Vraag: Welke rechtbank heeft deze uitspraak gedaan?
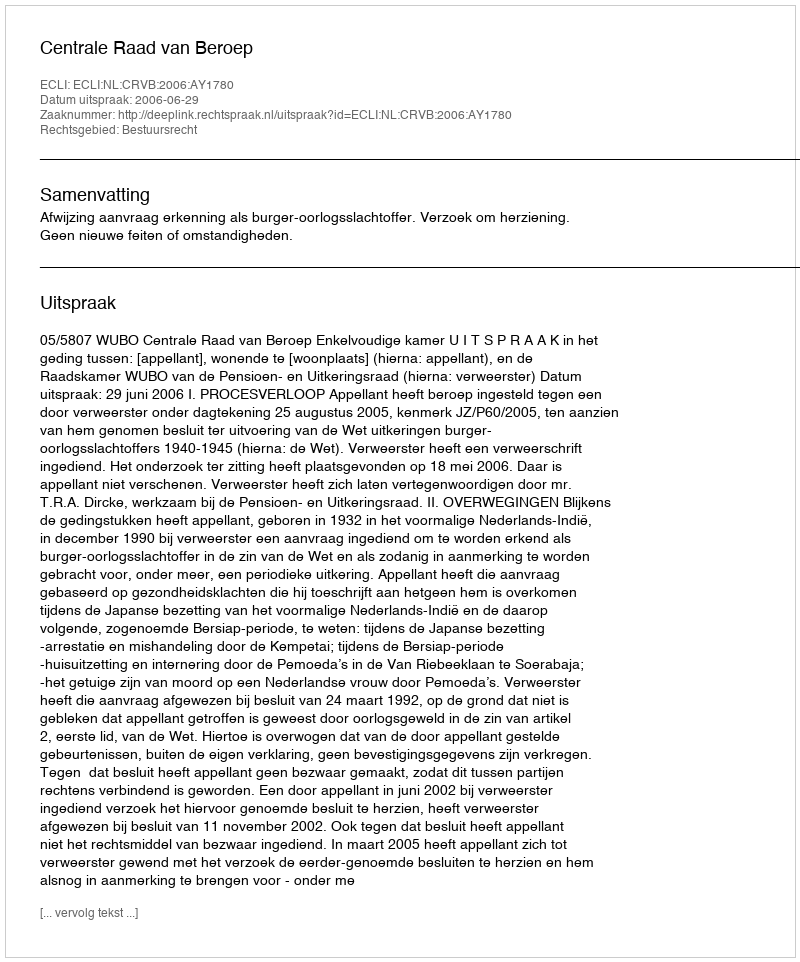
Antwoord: Centrale Raad van Beroep